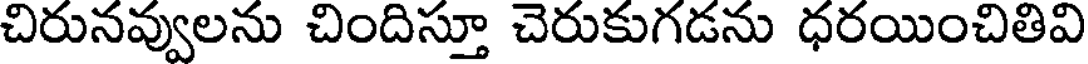
చిరునవ్వులను చిందిస్తూ చెరుకుగడను ధరయించితివి